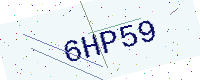
Text: 6HP59